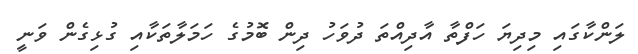
ލަންކާގައި މިދިޔަ ހަފްތާ އާދިއްތަ ދުވަހު ދިން ބޮމުގެ ހަމަލާތަކާއި ގުޅިގެން ވަނީ